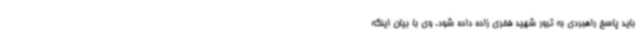
باید پاسخ راهبردی به ترور شهید فخری زاده داده شود. وی با بیان اینکه